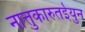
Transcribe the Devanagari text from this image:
नात्तुकारुतईयुन